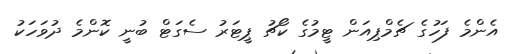
އެންމެ ފަހުގެ ޗެމްޕިއަން ޓީމުގެ ކޯޗު ޕީޓަރު ސެގަޓް ބުނީ ކޮންމެ ދުވަހަކު